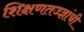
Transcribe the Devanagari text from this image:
शिक्षणतज्ज्ञांची